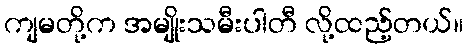
ကျမတို့က အမျိုးသမီးပါတီ လို့ထည့်တယ်။